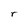
Character: r